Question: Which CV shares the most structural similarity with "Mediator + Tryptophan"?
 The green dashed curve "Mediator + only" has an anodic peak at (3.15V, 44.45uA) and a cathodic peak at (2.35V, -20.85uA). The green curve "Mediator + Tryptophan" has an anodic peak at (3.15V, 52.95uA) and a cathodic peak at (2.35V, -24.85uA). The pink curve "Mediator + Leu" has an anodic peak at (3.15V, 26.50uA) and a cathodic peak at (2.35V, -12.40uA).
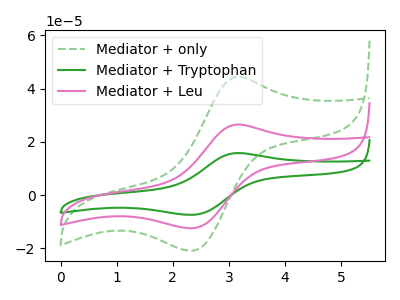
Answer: <think>All the peaks in "Mediator + only" have a peak in "Mediator + Tryptophan" at the same potential. Every peak in "Mediator + only" is lower than every peak in "Mediator + Tryptophan". All the peaks in "Mediator + only" have a peak in "Mediator + Leu" at the same potential. Every peak in "Mediator + only" is higher than every peak in "Mediator + Leu". All the peaks in "Mediator + Tryptophan" have a peak in "Mediator + Leu" at the same potential. Every peak in "Mediator + Tryptophan" is higher than every peak in "Mediator + Leu".
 </think>
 <answer>"Mediator + Tryptophan" and "Mediator + Leu" have a similar shape to "Mediator + only".</answer>
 <eval>"Mediator + Tryptophan" "Mediator + Leu"</eval>